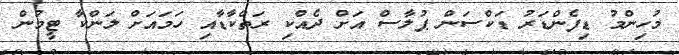
މުހިންމު ޑިފެންޑަރު ޑަކްސަން ޕުލާސް އަށް ދެއްކި ރަތްކާޑާއި ހަމައަށް ލަންކާ ޓީމުން